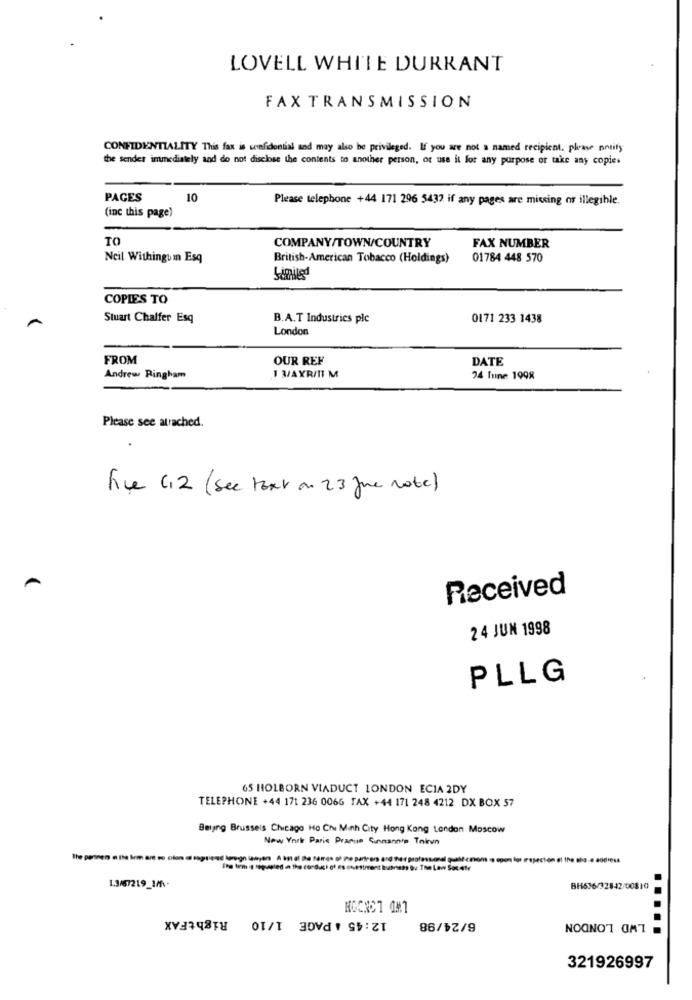
LOVELL WHITE DURRANT
FAX TRANSMISSION
CONFIDENTIALITY This fax is confidential and may also be privileged. If you are not a named recipient, please notify
the sender immediately and do not disclose the contents to another person, or use it for any purpose or take any copies
PAGES
10
Please telephone +44 171 296 5437 if any pages are missing or illegible.
(inc this page)
TO
COMPANY/TOWN/COUNTRY
FAX NUMBER
Neil Withingtm Esq
British-American Tobacco (Holdings)
01784 448 570
COPIES TO
Stuart Chalfer Esq
B.A.T Industries ple
0171 233 1438
London
FROM
OUR REF
DATE
Andrew Ringham
I M/AXR/II M
24 Inne 1998
Please see aurached.
Fice 6,2 (see toxx on 23 June rote)
Received
24 JUN 1998
PLLG
65 HOLBORN VIADUCT LONDON ECIA 2DY
TELEPHONE +44 171 236 0066 TAX +44 171 248 4212 DX BOX 57
Belang Brussels Chicago Ho Chi Minh City Hong Kong London Moscow
New York Paris Pracue Sunmann's Toirun
1.3/67219_1M.
BH636/32842/00810
KOCNCT OM1
12:45 & PAGE 1/10 RightFAX
6/24/98
NOONOT OMT
.....
321926997